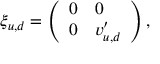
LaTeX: \xi _ { u , d } = \left( \begin{array} { l l } { { 0 } } & { { 0 } } \\ { { 0 } } & { { v _ { u , d } ^ { \prime } } } \end{array} \right) ,